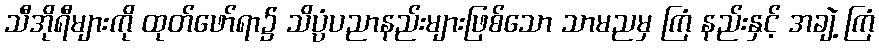
သီအိုရီများကို ထုတ်ဖော်ရာ၌ သိပ္ပံပညာနည်းများဖြစ်သော သာမညမှ ကြံ နည်းနှင့် အချဲ့ ကြံ